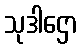
သုဒါဌော